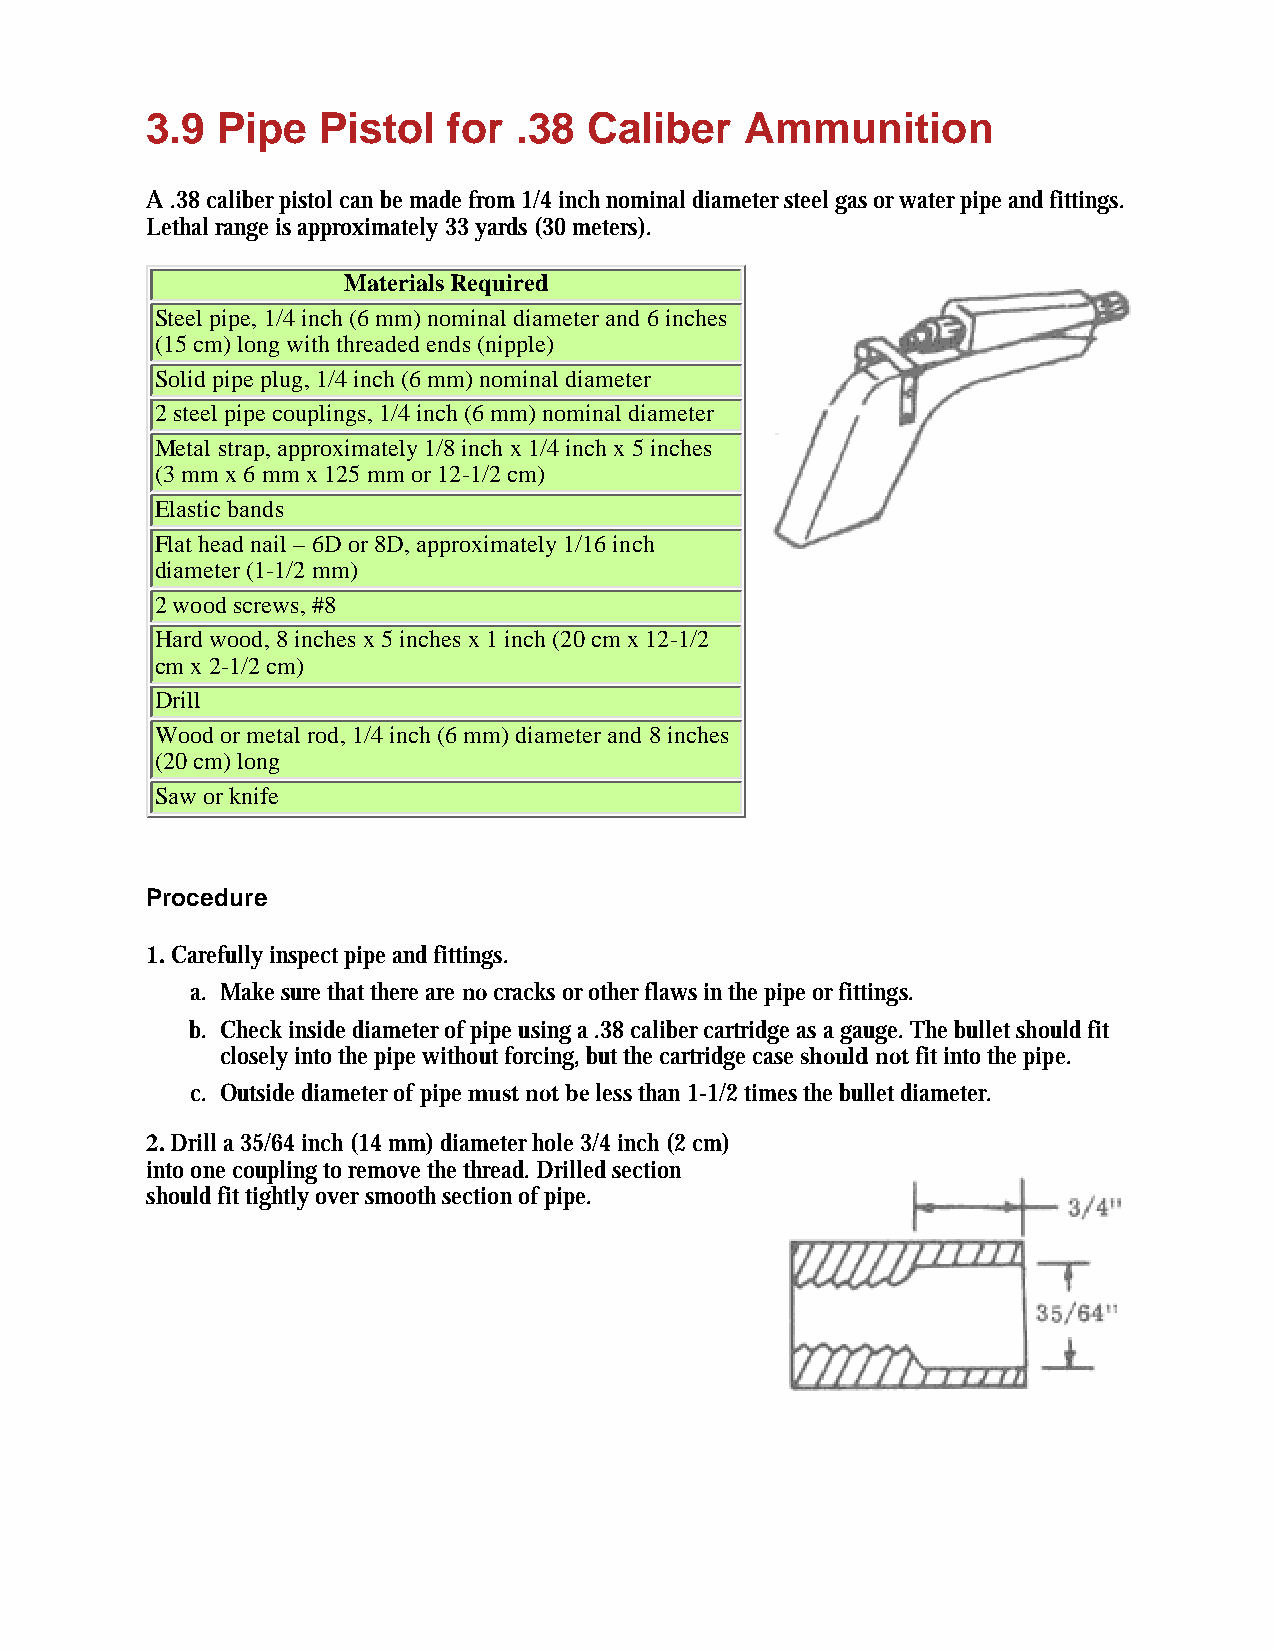
3.9 Pipe   Pistol   for .38  Caliber   Ammunition
 A .38 caliber pistol can be made from 1/4 inch nominal diameter steel gas or water pipe and fittings.
 Lethal range is approximately 33 yards (30 meters).
 Materials Required
 Steel pipe, 1/4 inch (6 mm) nominal diameter and 6 inches
 (15 cm) long with threaded ends (nipple)
 Solid pipe plug, 1/4 inch (6 mm) nominal diameter
 2 steel pipe couplings, 1/4 inch (6 mm) nominal diameter
 Metal strap, approximately 1/8 inch x 1/4 inch x 5 inches
 (3 mm x 6 mm x 125 mm or 12-1/2 cm)
 Elastic bands
 Flat head nail – 6D or 8D, approximately 1/16 inch
 diameter (1-1/2 mm)
 2 wood screws, #8
 Hard wood, 8 inches x 5 inches x 1 inch (20 cm x 12-1/2
 cm x 2-1/2 cm)
 Drill
 Wood or metal rod, 1/4 inch (6 mm) diameter and 8 inches
 (20 cm) long
 Saw or knife
 Procedure
 1. Carefully inspect pipe and fittings.
 a. Make sure that there are no cracks or other flaws in the pipe or fittings.
 b. Check inside diameter of pipe using a .38 caliber cartridge as a gauge. The bullet should fit
 closely into the pipe without forcing, but the cartridge case should not fit into the pipe.
 c. Outside diameter of pipe must not be less than 1-1/2 times the bullet diameter.
 2. Drill a 35/64 inch (14 mm) diameter hole 3/4 inch (2 cm)
 into one coupling to remove the thread. Drilled section
 should fit tightly over smooth section of pipe.